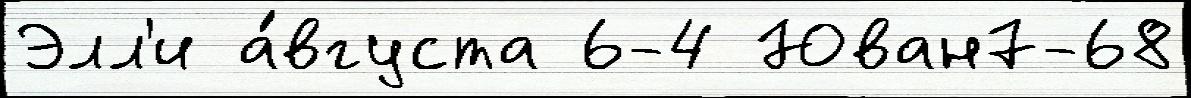
Элл'и а́вгуста 6-4 Юван7-68